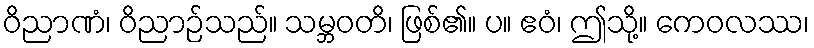
ဝိညာဏံ၊ ဝိညာဉ်သည်။ သမ္ဘဝတိ၊ ဖြစ်၏။ ပ။ ဧဝံ၊ ဤသို့။ ကေဝလဿ၊